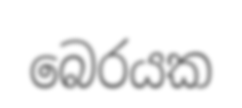
බෙරයක